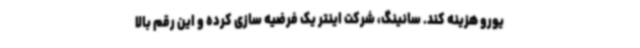
یورو هزینه کند. سانینگ، شرکت اینتر یک فرضیه سازی کرده و این رقم بالا